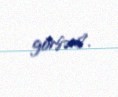
görsən?.